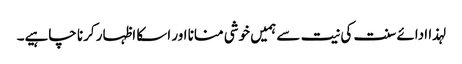
لہذا ادائے سنت کی نیت سے ہمیں خوشی منانا اور اسکا اظہار کرنا چاہیے۔